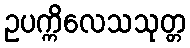
ဥပက္ကိလေသသုတ္တ